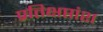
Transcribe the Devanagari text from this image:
प्रतिक्षप्तांश